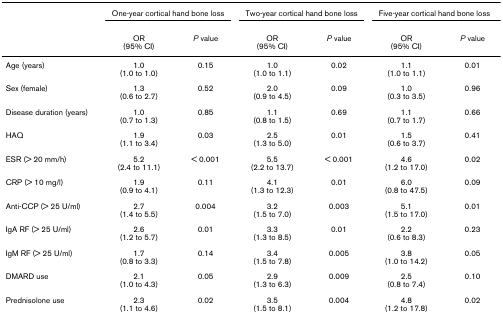
<table><thead><tr><td></td><td colspan="2"><b>One-year cortical hand bone loss</b></td><td colspan="2"><b>Two-year cortical hand bone loss</b></td><td colspan="2"><b>Five-year cortical hand bone loss</b></td></tr><tr><td></td><td><b>OR(95% CI)</b></td><td><b><i>P </i>value</b></td><td><b>OR(95% CI)</b></td><td><b><i>P </i>value</b></td><td><b>OR(95% CI)</b></td><td><b><i>P </i>value</b></td></tr></thead><tbody><tr><td>Age (years)</td><td>1.0(1.0 to 1.0)</td><td>0.15</td><td>1.0(1.0 to 1.1)</td><td>0.02</td><td>1.1(1.0 to 1.1)</td><td>0.01</td></tr><tr><td>Sex (female)</td><td>1.3(0.6 to 2.7)</td><td>0.52</td><td>2.0(0.9 to 4.5)</td><td>0.09</td><td>1.0(0.3 to 3.5)</td><td>0.96</td></tr><tr><td>Disease duration (years)</td><td>1.0(0.7 to 1.3)</td><td>0.85</td><td>1.1(0.8 to 1.5)</td><td>0.69</td><td>1.1(0.7 to 1.7)</td><td>0.66</td></tr><tr><td>HAQ</td><td>1.9(1.1 to 3.4)</td><td>0.03</td><td>2.5(1.3 to 5.0)</td><td>0.01</td><td>1.5(0.6 to 3.7)</td><td>0.41</td></tr><tr><td>ESR (&gt; 20 mm/h)</td><td>5.2(2.4 to 11.1)</td><td>&lt; 0.001</td><td>5.5(2.2 to 13.7)</td><td>&lt; 0.001</td><td>4.6(1.2 to 17.0)</td><td>0.02</td></tr><tr><td>CRP (&gt; 10 mg/l)</td><td>1.9(0.9 to 4.1)</td><td>0.11</td><td>4.1(1.3 to 12.3)</td><td>0.01</td><td>6.0(0.8 to 47.5)</td><td>0.09</td></tr><tr><td>Anti-CCP (&gt; 25 U/ml)</td><td>2.7(1.4 to 5.5)</td><td>0.004</td><td>3.2(1.5 to 7.0)</td><td>0.003</td><td>5.1(1.5 to 17.0)</td><td>0.01</td></tr><tr><td>IgA RF (&gt; 25 U/ml)</td><td>2.6(1.2 to 5.7)</td><td>0.01</td><td>3.3(1.3 to 8.5)</td><td>0.01</td><td>2.2(0.6 to 8.3)</td><td>0.23</td></tr><tr><td>IgM RF (&gt; 25 U/ml)</td><td>1.7(0.8 to 3.3)</td><td>0.14</td><td>3.4(1.5 to 7.8)</td><td>0.005</td><td>3.8(1.0 to 14.2)</td><td>0.05</td></tr><tr><td>DMARD use</td><td>2.1(1.0 to 4.3)</td><td>0.05</td><td>2.9(1.3 to 6.3)</td><td>0.009</td><td>2.5(0.8 to 7.4)</td><td>0.10</td></tr><tr><td>Prednisolone use</td><td>2.3(1.1 to 4.6)</td><td>0.02</td><td>3.5(1.5 to 8.1)</td><td>0.004</td><td>4.8(1.2 to 17.8)</td><td>0.02</td></tr></tbody></table>